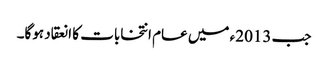
جب 2013ء میں عام انتخابات کا انعقاد ہوگا۔